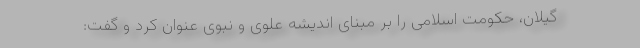
گیلان، حکومت اسلامی را بر مبنای اندیشه علوی و نبوی عنوان کرد و گفت: